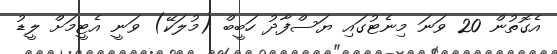
އެގޮތުން 20 ވަނަ މިނެޓުގައި ޔަސްފާދު ހަބީބް (މުލަކޭ) ވަނީ އެޓީމަށް ލީޑު